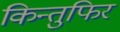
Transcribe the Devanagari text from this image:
किन्तुफिर